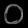
Digit: ၀